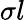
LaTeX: \sigma l